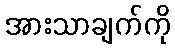
အားသာချက်ကို